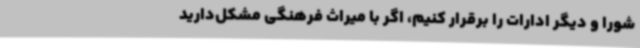
شورا و دیگر ادارات را برقرار کنیم، اگر با میراث فرهنگی مشکل‌دارید